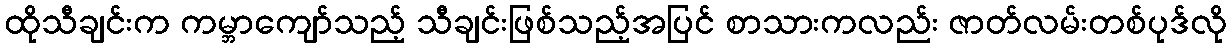
ထိုသီချင်းက ကမ္ဘာကျော်သည့် သီချင်းဖြစ်သည့်အပြင် စာသားကလည်း ဇာတ်လမ်းတစ်ပုဒ်လို